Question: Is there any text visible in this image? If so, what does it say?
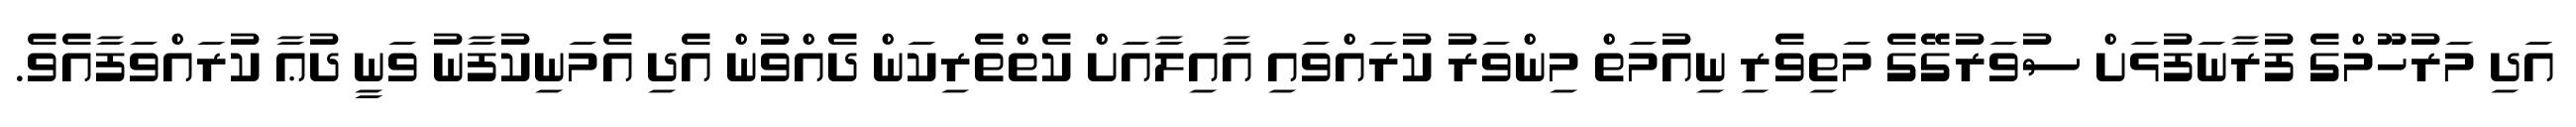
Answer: އަދި މަރުހޫމްގެ ފުރާނަފުޅަށް ސުވަރުގޭގެ މަތިވެރި ނިއުމަތް މިންވަރު ކުރައްވައި އާއިލާއަށް ކެތްތެރިކަން ދެއްވުން އެދި އެމަނިކުފާނު ވަނީ ދުޢާ ކުރައްވަފާއެވެ.